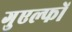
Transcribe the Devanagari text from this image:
गुएल्फों